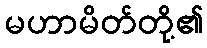
မဟာမိတ်တို့၏